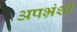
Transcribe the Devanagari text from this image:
अपभ्रंशी